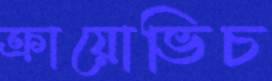
ক্রায়োভিচ